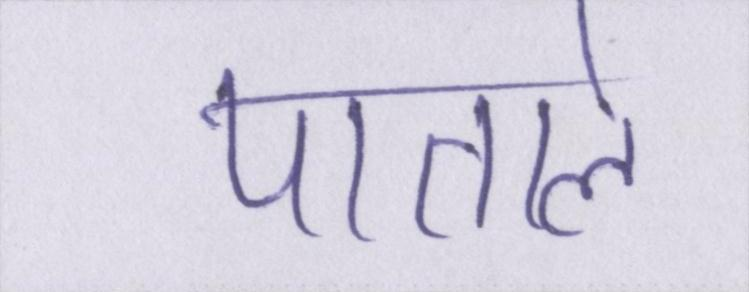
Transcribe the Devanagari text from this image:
पाताले